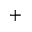
^ { + }